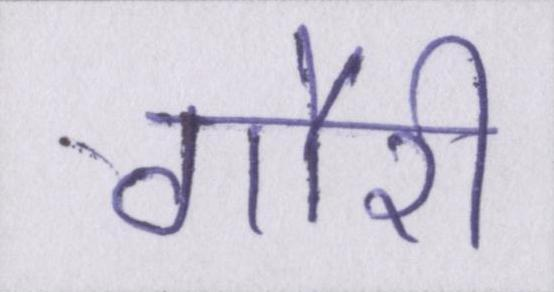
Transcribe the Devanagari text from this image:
गौरी